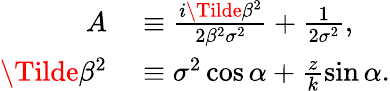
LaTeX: \begin{array}{rl}{A}&{{}\equiv\frac{i\Tilde{\beta}^{2}}{2\beta^{2}\sigma^{2}}+\frac{1}{2\sigma^{2}},}\\ {\Tilde{\beta}^{2}}&{{}\equiv\sigma^{2}\cos{\alpha}+\frac{z}{k}\sin{\alpha}.}\end{array}